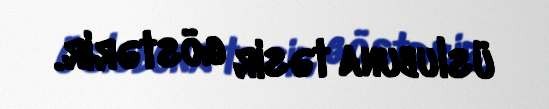
üslubuna təsir göstərir.